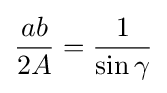
{\frac {ab}{2A}}={\frac {1}{\sin \gamma }}